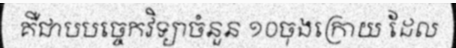
គឺជាបបច្ចេកវិទ្យាចំនួន ១០ចុងក្រោយ ដែល